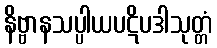
နိဗ္ဗာနသပ္ပါယပဋိပဒါသုတ္တံ